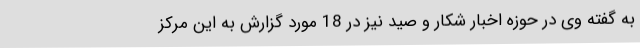
به گفته وی در حوزه اخبار شکار و صید نیز در 18 مورد گزارش به این مرکز